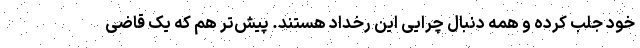
خود جلب کرده و همه دنبال چرایی این رخداد هستند. پیش‌تر هم که یک قاضی